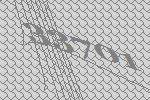
33701